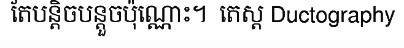
តែបន្តិចបន្តួចប៉ុណ្ណោះ។  តេស្ត Ductography